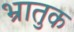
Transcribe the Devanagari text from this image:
भ्रातुक